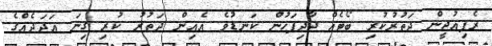
ރެފިއުޖީން ދަތުރުކުރި ބޯޓެއް ދާދިފަހުން ކަނޑުވެ އެއިން ދަތުރު ކުރި ގިނަ އަދަދެއްގެ